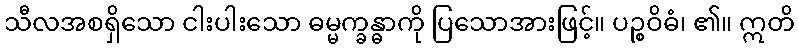
သီလအစရှိသော ငါးပါးသော ဓမ္မက္ခန္ဓာကို ပြသောအားဖြင့်။ ပဉ္စဝိဓံ၊ ၏။ ဣတိ